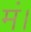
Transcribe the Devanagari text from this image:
मं।